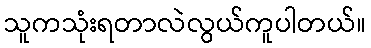
သူကသုံးရတာလဲလွယ်ကူပါတယ်။